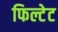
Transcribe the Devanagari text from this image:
फिल्टेट